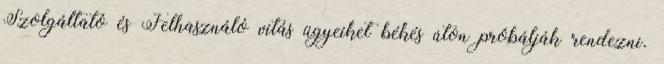
Szolgáltató és Felhasználó vitás ügyeiket békés úton próbálják rendezni.